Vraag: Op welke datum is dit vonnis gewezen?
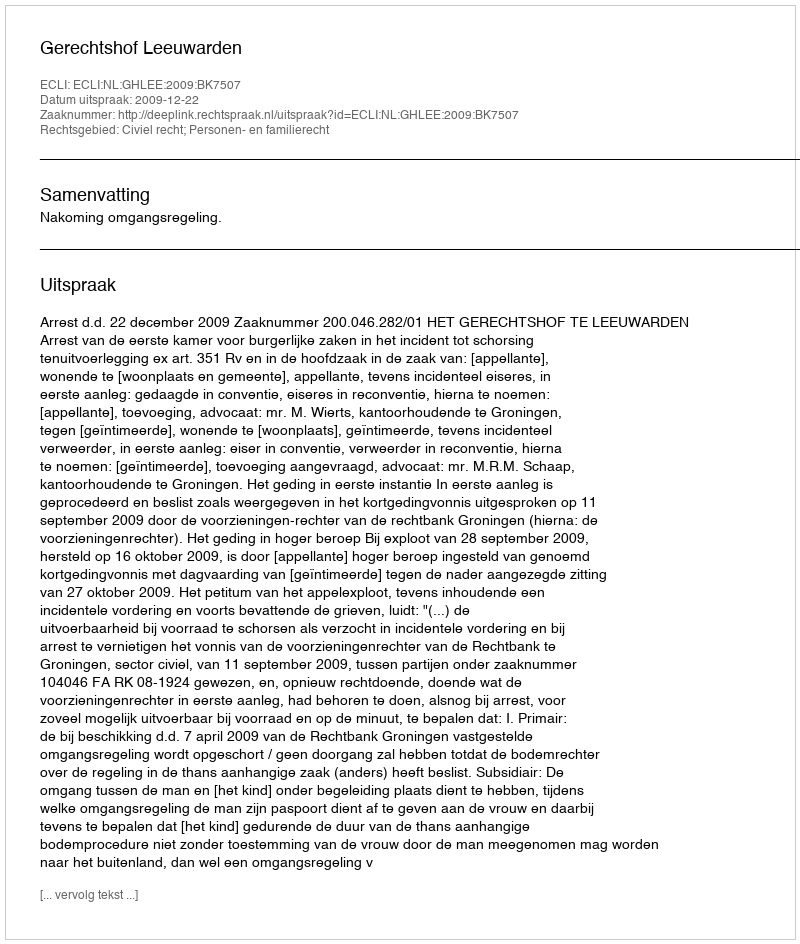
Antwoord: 2009-12-22